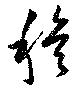
穆